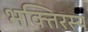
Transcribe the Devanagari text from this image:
भक्तिरस्य